Indian journal of veterinary science and animal husbandry - Volume 5,
Year: 1935
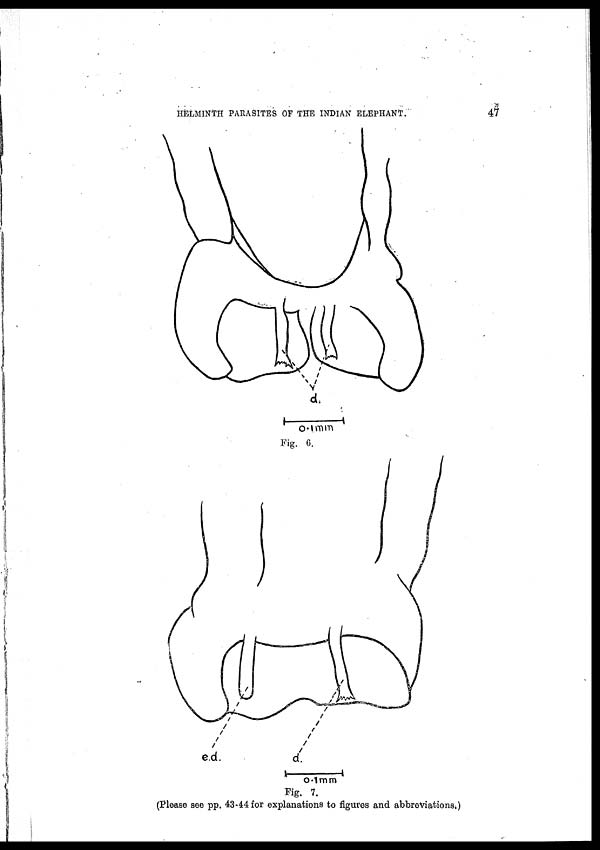
HELMINTH PARASITES OF THE INDIAN ELEPHANT.
47
Fig. 6.
Fig. 7.
(Please see pp. 43-44 for explanations to figures and abbreviations.)